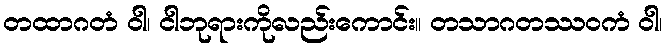
တထာဂတံ ဝါ၊ ငါဘုရားကိုလည်းကောင်း။ တသာဂတဿဝကံ ဝါ၊